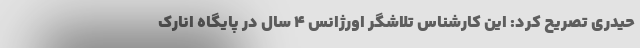
حیدری تصریح کرد: این کارشناس تلاشگر اورژانس ۴ سال در پایگاه انارک